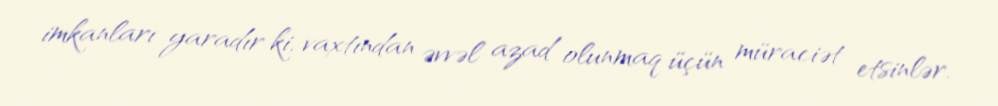
imkanları yaradır ki, vaxtından əvvəl azad olunmaq üçün müraciət etsinlər.